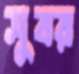
সুবর